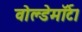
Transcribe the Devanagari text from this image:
वोल्डेमॉर्ट।